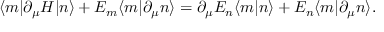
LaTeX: \langle m | \partial _ { \mu } H | n \rangle + E _ { m } \langle m | \partial _ { \mu } n \rangle = \partial _ { \mu } E _ { n } \langle m | n \rangle + E _ { n } \langle m | \partial _ { \mu } n \rangle .